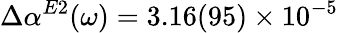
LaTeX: \Delta\alpha^{E2}(\omega)=3.16(95)\times 10^{-5}